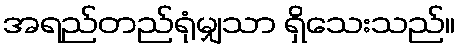
အရည်တည်ရုံမျှသာ ရှိသေးသည်။